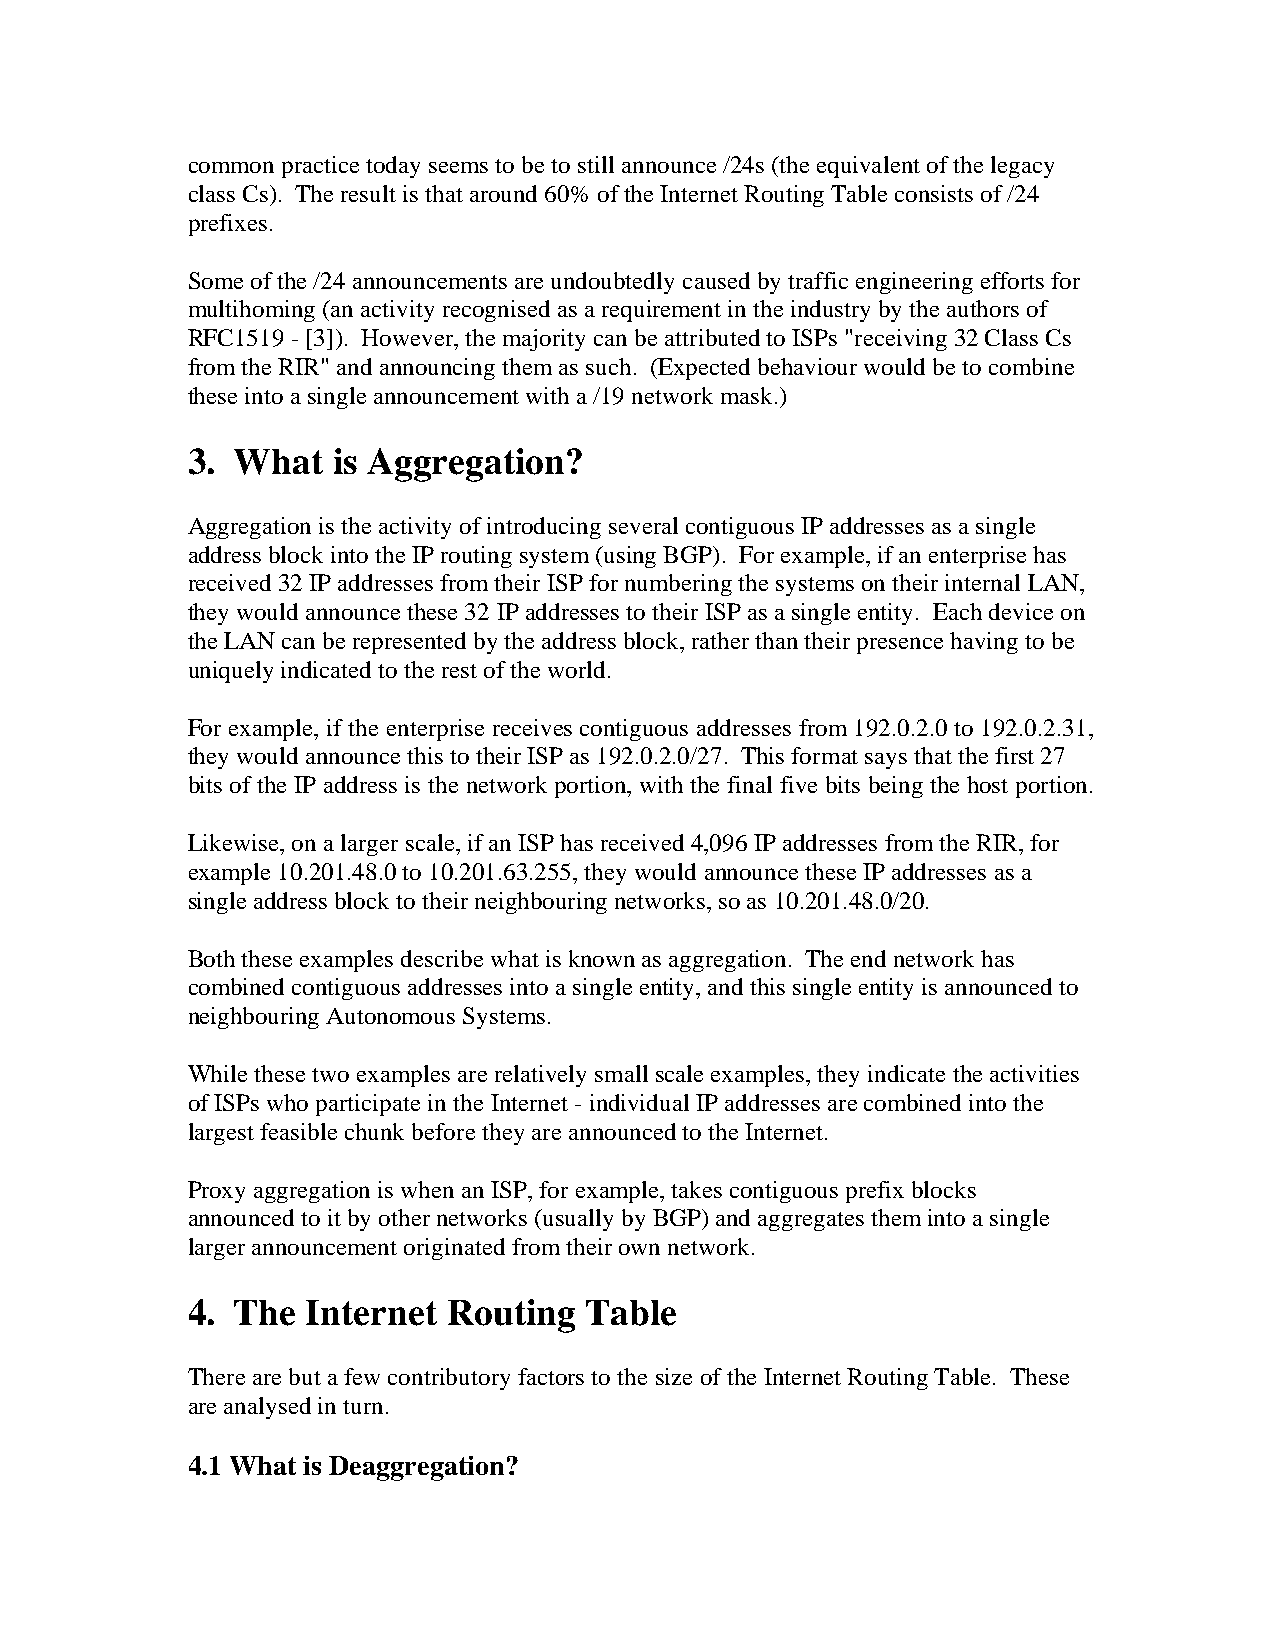
common practice today seems to be to still announce /24s (the equivalent of the legacy
 class Cs). The result is that around 60% of the Internet Routing Table consists of /24
 prefixes.
 Some of the /24 announcements are undoubtedly caused by traffic engineering efforts for
 multihoming (an activity recognised as a requirement in the industry by the authors of
 RFC1519 - [3]). However, the majority can be attributed to ISPs "receiving 32 Class Cs
 from the RIR" and announcing them as such. (Expected behaviour would be to combine
 these into a single announcement with a /19 network mask.)
 3.  What  is Aggregation?
 Aggregation is the activity of introducing several contiguous IP addresses as a single
 address block into the IP routing system (using BGP). For example, if an enterprise has
 received 32 IP addresses from their ISP for numbering the systems on their internal LAN,
 they would announce these 32 IP addresses to their ISP as a single entity. Each device on
 the LAN can be represented by the address block, rather than their presence having to be
 uniquely indicated to the rest of the world.
 For example, if the enterprise receives contiguous addresses from 192.0.2.0 to 192.0.2.31,
 they would announce this to their ISP as 192.0.2.0/27. This format says that the first 27
 bits of the IP address is the network portion, with the final five bits being the host portion.
 Likewise, on a larger scale, if an ISP has received 4,096 IP addresses from the RIR, for
 example 10.201.48.0 to 10.201.63.255, they would announce these IP addresses as a
 single address block to their neighbouring networks, so as 10.201.48.0/20.
 Both these examples describe what is known as aggregation. The end network has
 combined contiguous addresses into a single entity, and this single entity is announced to
 neighbouring Autonomous Systems.
 While these two examples are relatively small scale examples, they indicate the activities
 of ISPs who participate in the Internet - individual IP addresses are combined into the
 largest feasible chunk before they are announced to the Internet.
 Proxy aggregation is when an ISP, for example, takes contiguous prefix blocks
 announced to it by other networks (usually by BGP) and aggregates them into a single
 larger announcement originated from their own network.
 4.  The Internet  Routing  Table
 There are but a few contributory factors to the size of the Internet Routing Table. These
 are analysed in turn.
 4.1 What is Deaggregation?